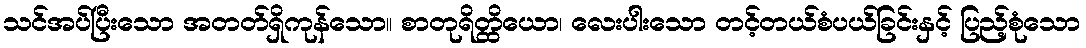
သင်အပ်ပြီးသော အတတ်ရှိကုန်သော။ စာတုရိတ္ထိယော၊ လေးပါးသော တင့်တယ်စံပယ်ခြင်းနှင့် ပြည့်စုံသော